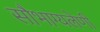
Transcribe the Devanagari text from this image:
सौभाग्यलेणी